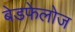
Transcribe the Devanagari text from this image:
बेडफेलोज